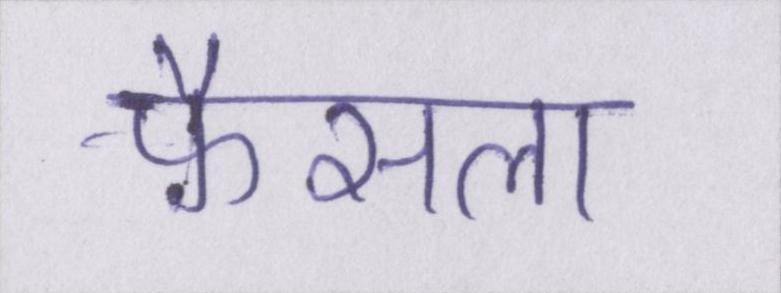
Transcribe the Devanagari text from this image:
फ़ैसला